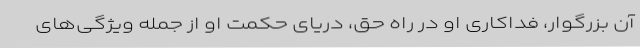
آن بزرگوار، فداکاری او در راه حق، دریای حکمت او از جمله ویژگی‌های